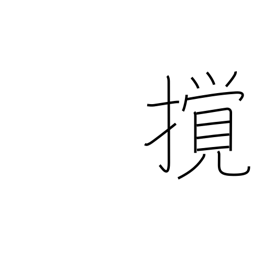
Meaning: disturb